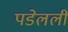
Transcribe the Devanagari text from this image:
पडेलली